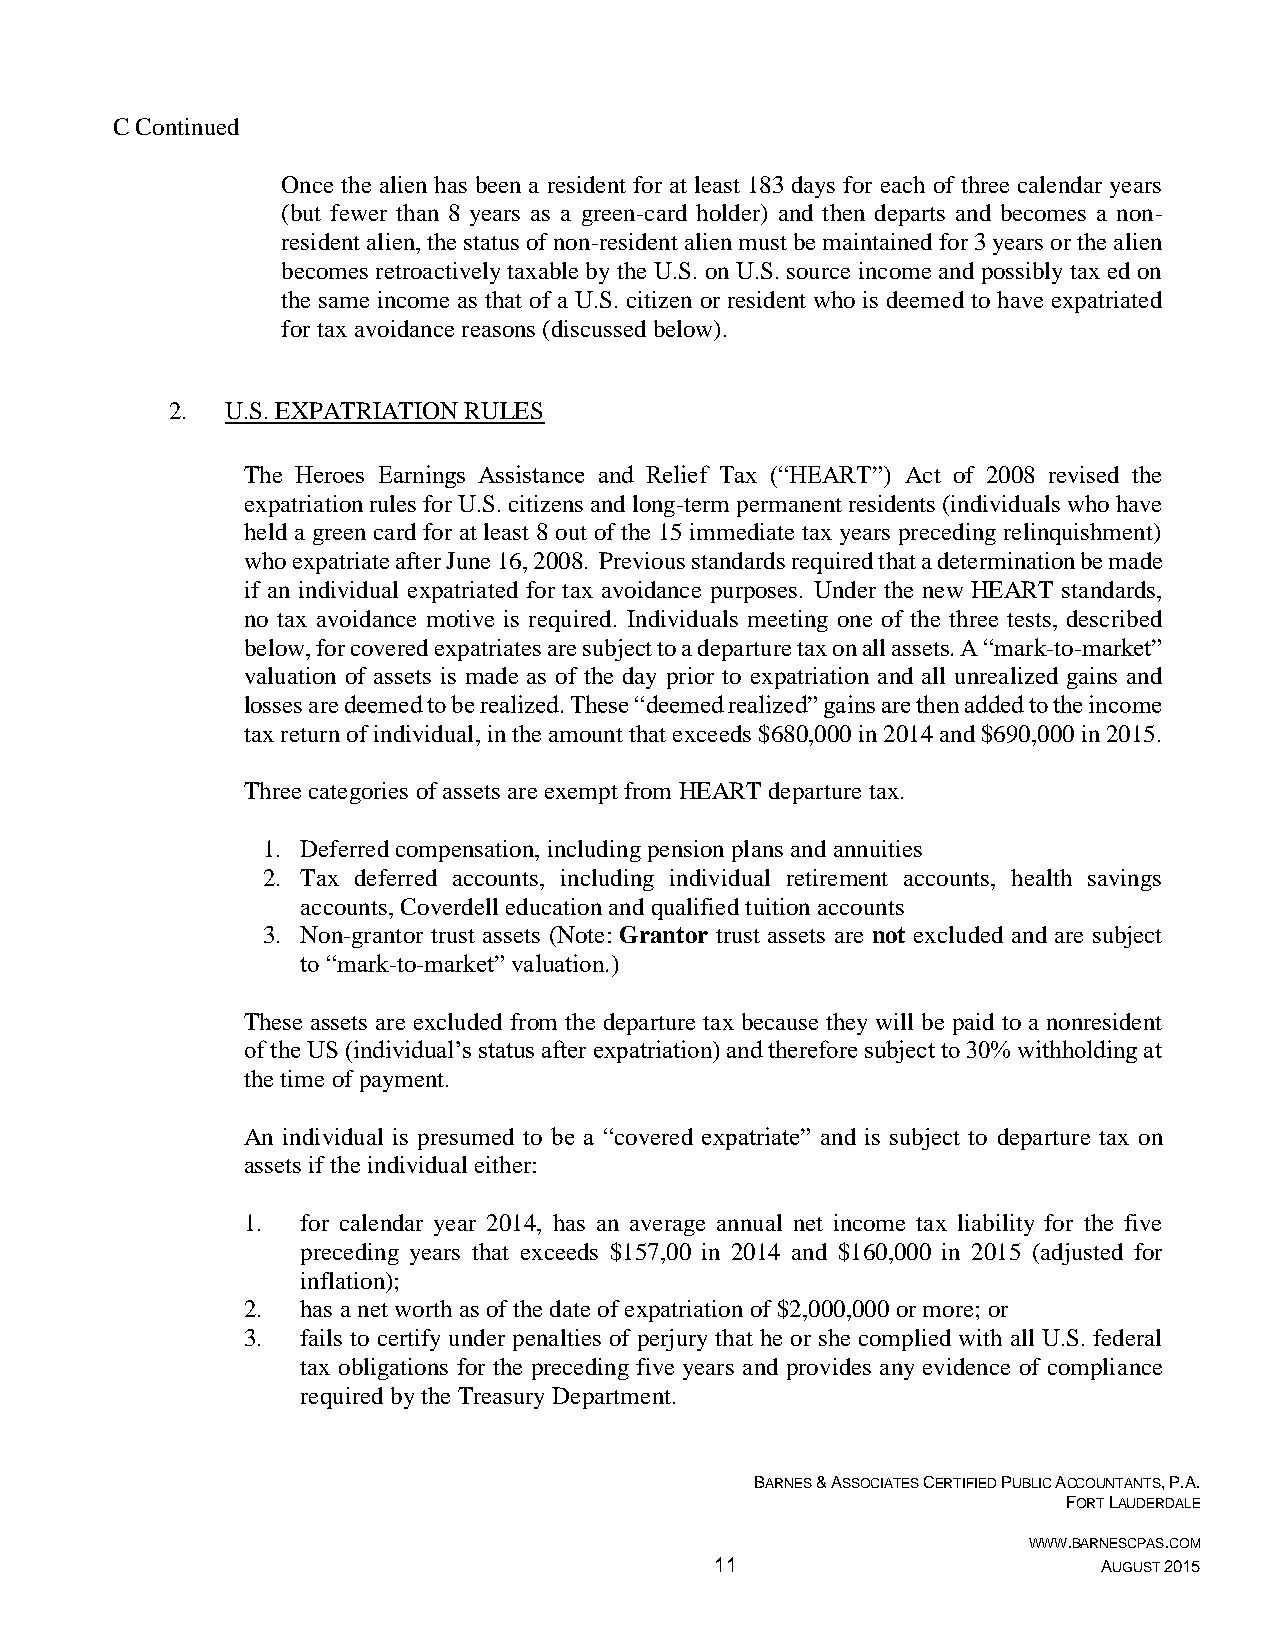
C Continued
 Once the alien has been a resident for at least 183 days for each of three calendar years
 (but fewer than 8 years as a green-card holder) and then departs and becomes a non-
 resident alien, the status of non-resident alien must be maintained for 3 years or the alien
 becomes retroactively taxable by the U.S. on U.S. source income and possibly tax ed on
 the same income as that of a U.S. citizen or resident who is deemed to have expatriated
 for tax avoidance reasons (discussed below).
 2.  U.S. EXPATRIATION RULES
 The Heroes Earnings Assistance and Relief Tax (“HEART”) Act of 2008 revised the
 expatriation rules for U.S. citizens and long-term permanent residents (individuals who have
 held a green card for at least 8 out of the 15 immediate tax years preceding relinquishment)
 who expatriate after June 16, 2008. Previous standards required that a determination be made
 if an individual expatriated for tax avoidance purposes. Under the new HEART standards,
 no tax avoidance motive is required. Individuals meeting one of the three tests, described
 below, for covered expatriates are subject to a departure tax on all assets. A “mark-to-market”
 valuation of assets is made as of the day prior to expatriation and all unrealized gains and
 losses are deemed to be realized. These “deemed realized” gains are then added to the income
 tax return of individual, in the amount that exceeds $680,000 in 2014 and $690,000 in 2015.
 Three categories of assets are exempt from HEART departure tax.
 1. Deferred compensation, including pension plans and annuities
 2. Tax deferred accounts, including individual retirement accounts, health savings
 accounts, Coverdell education and qualified tuition accounts
 3. Non-grantor trust assets (Note: Grantor trust assets are not excluded and are subject
 to “mark-to-market” valuation.)
 These assets are excluded from the departure tax because they will be paid to a nonresident
 of the US (individual’s status after expatriation) and therefore subject to 30% withholding at
 the time of payment.
 An individual is presumed to be a “covered expatriate” and is subject to departure tax on
 assets if the individual either:
 1.  for calendar year 2014, has an average annual net income tax liability for the five
 preceding years that exceeds $157,00 in 2014 and $160,000 in 2015 (adjusted for
 inflation);
 2.  has a net worth as of the date of expatriation of $2,000,000 or more; or
 3.  fails to certify under penalties of perjury that he or she complied with all U.S. federal
 tax obligations for the preceding five years and provides any evidence of compliance
 required by the Treasury Department.
 BARNES & ASSOCIATES CERTIFIED PUBLIC ACCOUNTANTS, P.A.
 FORT LAUDERDALE
 WWW.BARNESCPAS.COM
 11                        AUGUST 2015